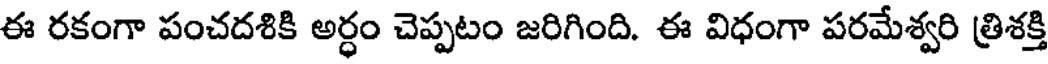
ఈ రకంగా పంచదశికి అర్ధం చెప్పటం జరిగింది. ఈ విధంగా పరమేశ్వరి త్రిశక్తి